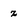
Character: z